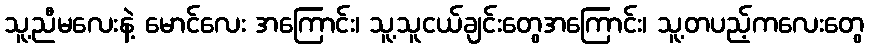
သူ့ညီမလေးနဲ့ မောင်လေး အကြောင်း၊ သူ့သူငယ်ချင်းတွေအကြောင်း၊ သူ့တပည့်ကလေးတွေ